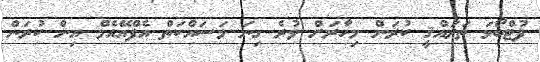
ފުޓްބޯޅަ ތަރައްޤީ ކުރަން މިހާރަށް ވުރެ ގިނަ މަސައްކަތް އެފްއޭއެމް އިން ކުރަން